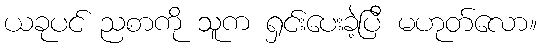
ယခုပင် ညစာကို သူက ရှင်းပေးခဲ့ပြီ မဟုတ်လော။